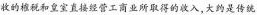
收的植税和皇室直接经营工商业所取得的收入，大约是传统